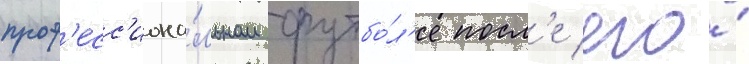
проф'есс'иона́льном футбо́л'е посл'е его́